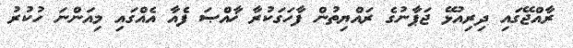
ރާއްޖޭގައި ދިރިއުޅޭ ޖަޕާނުގެ ރައްޔިތުން ފާހަގަކުރާ ޚާއްޞަ ފެއާ އެއްގައި މިއަންނަ ހުކުރު